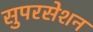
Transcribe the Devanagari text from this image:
सुपरसेशन